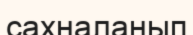
сахналанып